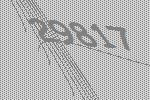
29817